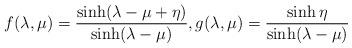
LaTeX: \begin{align*} f(\lambda,\mu)= \frac{\sinh(\lambda-\mu+\eta)}{\sinh(\lambda-\mu)}, g(\lambda,\mu)= \frac{\sinh \eta}{\sinh(\lambda-\mu)}\end{align*}